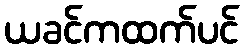
ယခင်ကထက်ပင်